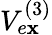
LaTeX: V_{e\mathbf{x}}^{(3)}